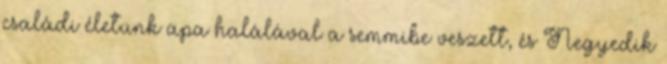
családi életünk apa halálával a semmibe veszett, és Negyedik